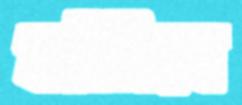
ফাঁসিবে